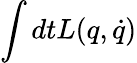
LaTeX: \int dtL(q,\dot{q})